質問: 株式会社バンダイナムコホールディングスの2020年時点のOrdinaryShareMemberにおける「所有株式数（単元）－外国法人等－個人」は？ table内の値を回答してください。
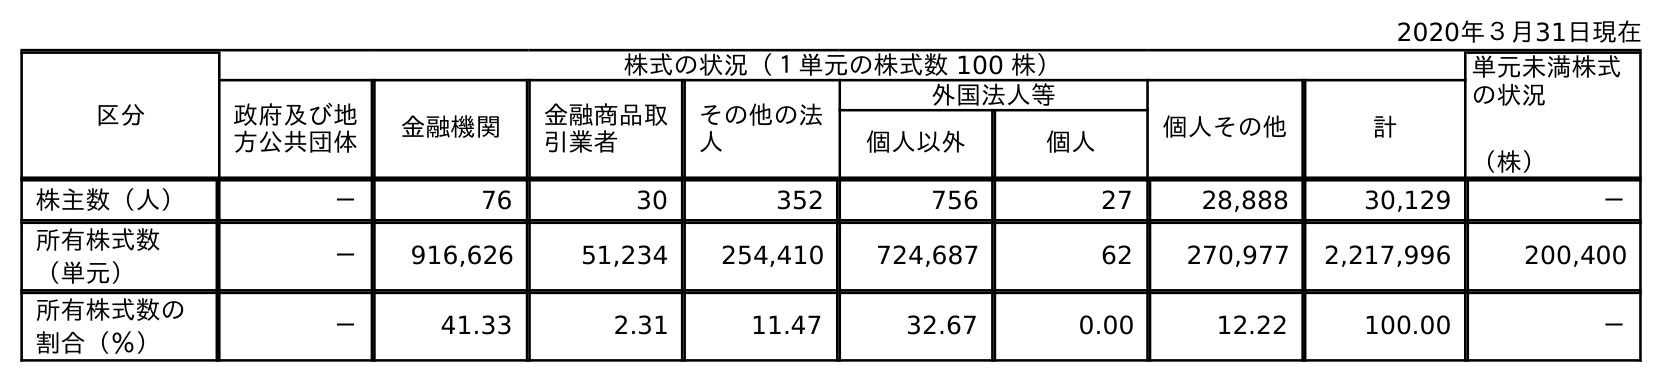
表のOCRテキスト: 2020年３月31日現在 区分 株式の状況（１単元の株式数 100 株） 単元未満株式 の状況 （株） 政府及び地 方公共団体 金融機関 金融商品取 引業者 その他の法 人 外国法人等 個人その他 計 個人以外 個人 株主数（人） － 76 30 352 756 27 28,888 30,129 － 所有株式数 （単元） － 916,626 51,234 254,410 724,687 62 270,977 2,217,996 200,400 所有株式数の 割合（％） － 41.33 2.31 11.47 32.67 0.00 12.22 100.00 －
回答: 62